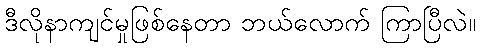
ဒီလိုနာကျင်မှုဖြစ်နေတာ ဘယ်လောက် ကြာပြီလဲ။